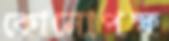
কোনোপক্ষ